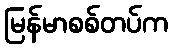
မြန်မာစစ်တပ်က